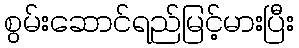
စွမ်းဆောင်ရည်မြင့်မားပြီး